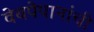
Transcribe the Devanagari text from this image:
वेबपेपानांची